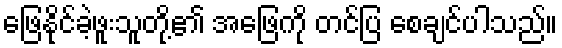
ဖြေနိုင်ခဲ့ဖူးသူတို့၏ အဖြေကို တင်ပြ စေချင်ပါသည်။